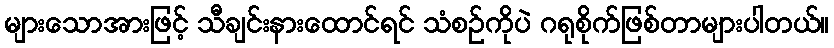
များသောအားဖြင့် သီချင်းနားထောင်ရင် သံစဉ်ကိုပဲ ဂရုစိုက်ဖြစ်တာများပါတယ်။